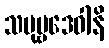
သပုဗ္ဗဒေဝါနိ